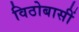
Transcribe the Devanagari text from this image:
विठोबासीं